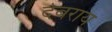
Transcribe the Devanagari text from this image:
देबराय